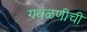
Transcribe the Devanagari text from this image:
गवळणीची